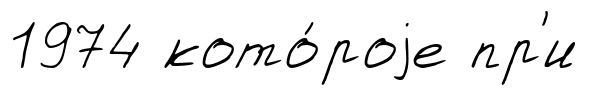
1974 кото́роjе пр'и